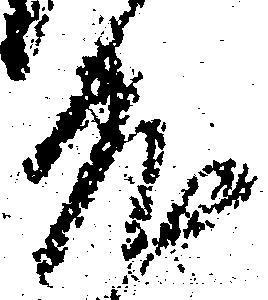
度